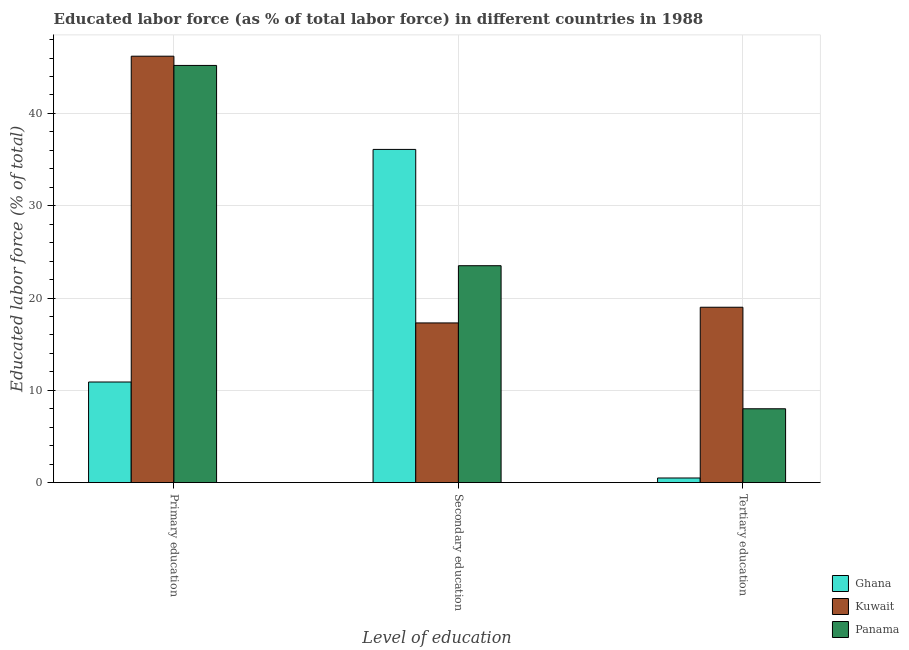
| Level of education | Ghana | Kuwait | Panama |
 | --- | --- | --- | --- |
 | Primary education | 10.9 | 46.2 | 45.2 |
 | Secondary education | 36.1 | 17.3 | 23.5 |
 | Tertiary education | 0.5 | 19 | 8 |